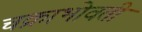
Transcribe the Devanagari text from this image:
चक्राभोवती